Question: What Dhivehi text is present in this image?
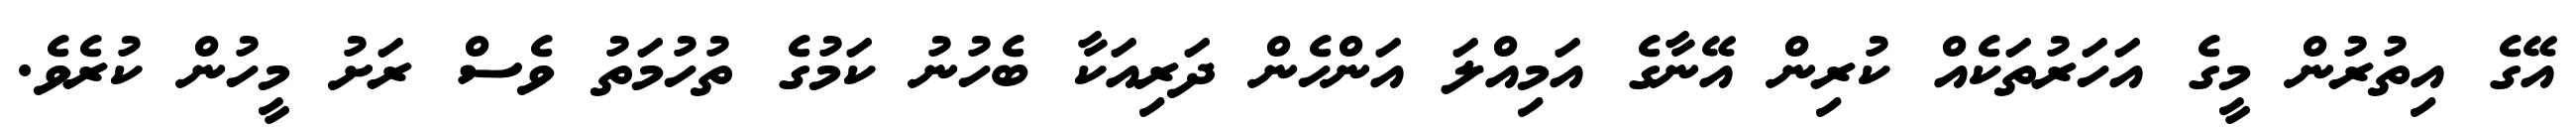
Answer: އޭގެ އިތުރުން މީގެ އަހަރުތަކެއް ކުރިން އޭނާގެ އަމިއްލަ އަންހެން ދަރިއަކާ ބެހުނު ކަމުގެ ތުހުމަތު ވެސް ރަށު މީހުން ކުރެވެ.